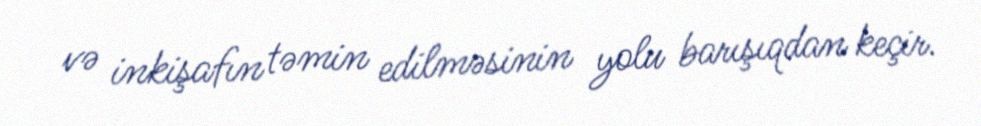
və inkişafın təmin edilməsinin yolu barışıqdan keçir.